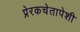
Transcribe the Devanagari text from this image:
प्रेरकचेतापेशी